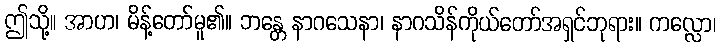
ဤသို့။ အာဟ၊ မိန့်တော်မူ၏။ ဘန္တေ နာဂသေနာ၊ နာဂသိန်ကိုယ်တော်အရှင်ဘုရား။ ကလ္လော၊